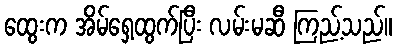
ထွေးက အိမ်ရှေ့ထွက်ပြီး လမ်းမဆီ ကြည့်သည်။